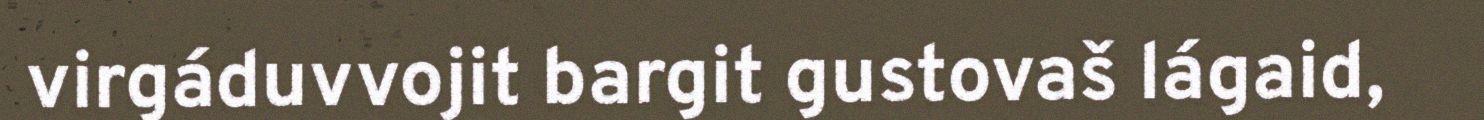
virgáduvvojit bargit gustovaš lágaid,